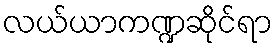
လယ်ယာကဏ္ဍဆိုင်ရာ